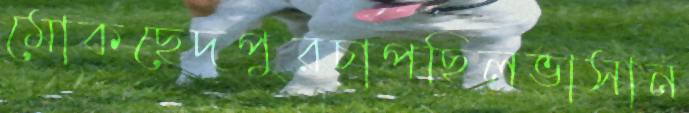
মোকছেদপুরচাপছিলভাসান